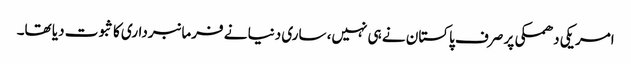
امریکی دھمکی پر صرف پاکستان نے ہی نہیں، ساری دنیا نے فرمانبرداری کا ثبوت دیا تھا۔